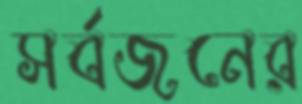
সর্বজনের